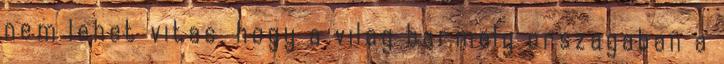
nem lehet vitas, hogy a vilag barmely orszagaban a